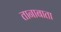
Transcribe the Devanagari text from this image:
तानाबाता